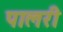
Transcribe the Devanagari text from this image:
पालरी